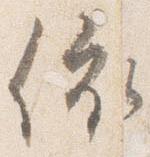
依